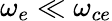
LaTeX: \omega_{e}\ll\omega_{ce}